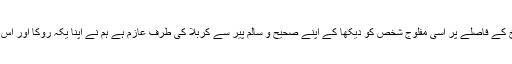
راستے میں اراک سے چھ فرسخ کے فاصلے پر اسی مفلوج شخص کو دیکھا کے اپنے صحیح و سالم پیر سے کربلا کی طرف عازم ہے ہم نے اپنا یکہ روکا اور اس کو اپنی سواری پر سوار کرلیا ۔